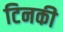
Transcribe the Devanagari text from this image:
टिनकी